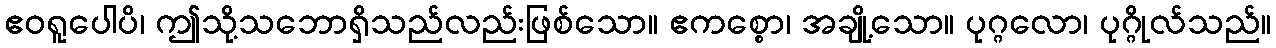
ဧဝရူပေါပိ၊ ဤသို့သဘောရှိသည်လည်းဖြစ်သော။ ဧကစ္စော၊ အချို့သော။ ပုဂ္ဂလော၊ ပုဂ္ဂိုလ်သည်။